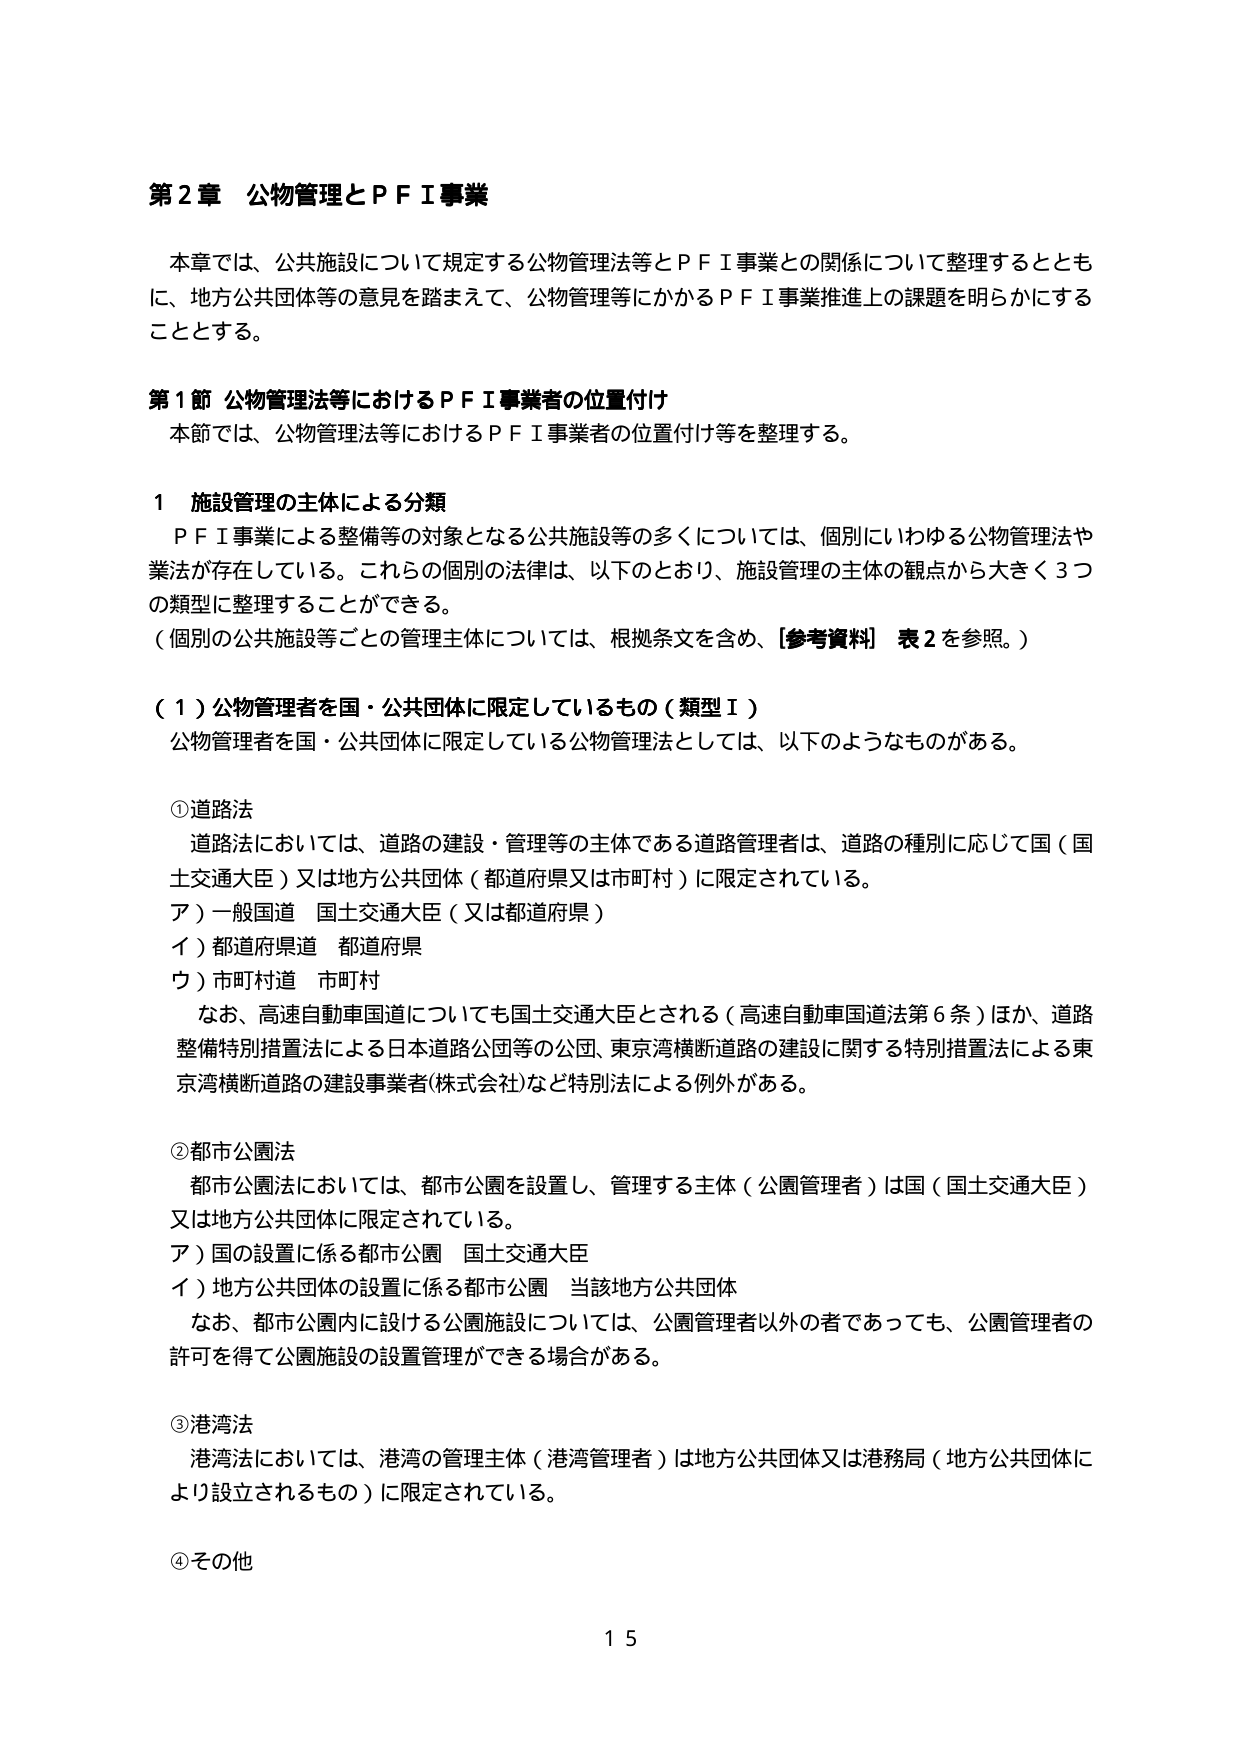
第２章 公物管理とＰＦＩ事業

本章では、公共施設について規定する公物管理法等とＰＦＩ事業との関係について整理するとともに、地方公共団体等の意見を踏まえて、公物管理等にかかるＰＦＩ事業推進上の課題を明らかにすることとする。

第１節 公物管理法等におけるＰＦＩ事業者の位置付け

本節では、公物管理法等におけるＰＦＩ事業者の位置付け等を整理する。

１ 施設管理の主体による分類

ＰＦＩ事業による整備等の対象となる公共施設等の多くについては、個別にいわゆる公物管理法や業法が存在している。これらの個別の法律は、以下のとおり、施設管理の主体の観点から大きく３つの類型に整理することができる。

（個別の公共施設等ごとの管理主体については、根拠条文を含め、［参考資料］ 表２を参照。）

（１）公物管理者を国・公共団体に限定しているもの（類型Ⅰ）

公物管理者を国・公共団体に限定している公物管理法としては、以下のようなものがある。

①道路法

道路法においては、道路の建設・管理等の主体である道路管理者は、道路の種別に応じて国（国土交通大臣）又は地方公共団体（都道府県又は市町村）に限定されている。

ア）一般国道 国土交通大臣（又は都道府県）

イ）都道府県道 都道府県

ウ）市町村道 市町村

なお、高速自動車国道についても国土交通大臣とされる（高速自動車国道法第６条）ほか、道路整備特別措置法による日本道路公団等の公団、東京湾横断道路の建設に関する特別措置法による東京湾横断道路の建設事業者（株式会社）など特別法による例外がある。

②都市公園法

都市公園法においては、都市公園を設置し、管理する主体（公園管理者）は国（国土交通大臣）又は地方公共団体に限定されている。

ア）国の設置に係る都市公園 国土交通大臣

イ）地方公共団体の設置に係る都市公園 当該地方公共団体

なお、都市公園内に設ける公園施設については、公園管理者以外の者であっても、公園管理者の許可を得て公園施設の設置管理ができる場合がある。

③港湾法

港湾法においては、港湾の管理主体（港湾管理者）は地方公共団体又は港務局（地方公共団体により設立されるもの）に限定されている。

④その他

１５